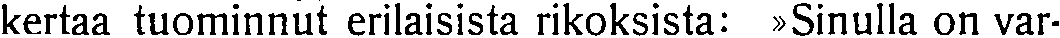
kertaa tuominnut erilaisista rikoksista: »Sinulla on var-